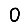
Digit: 0